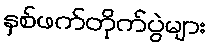
နှစ်ဖက်တိုက်ပွဲများ